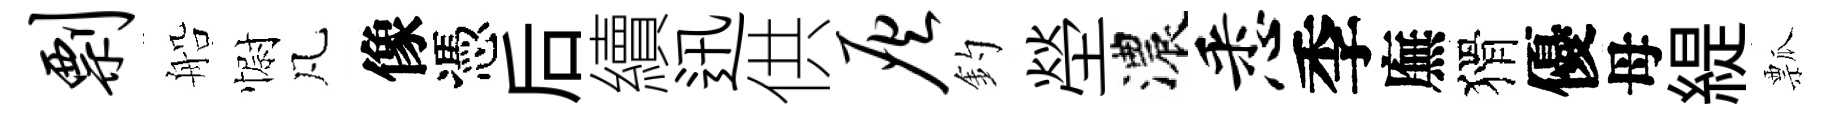
剽船𢠢凡像憑后續迅供灰釣塋濃悉季廡猾優母緹瓢